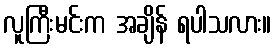
လူကြီးမင်းက အချိန် ရပါသလား။